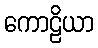
ကောဠိယာ